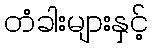
တံခါးများနှင့်